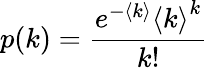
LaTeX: p(k)=\frac{e^{-\langle k\rangle}{\langle k\rangle}^{k}}{k!}